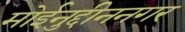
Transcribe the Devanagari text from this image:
मोईनुद्दीननगर